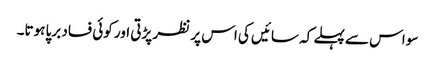
سو اس سے پہلے کہ سائیں کی اس پر نظر پڑتی اور کوئی فساد برپا ہوتا۔